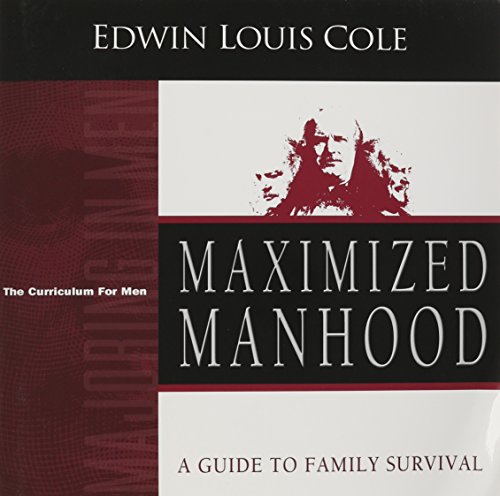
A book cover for Maximized Manhood Workbook: A Guide to Family Survival (Majoring in Men: The Curriculum for Men); Edwin  Cole; Christian Books & Bibles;